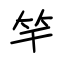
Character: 竿